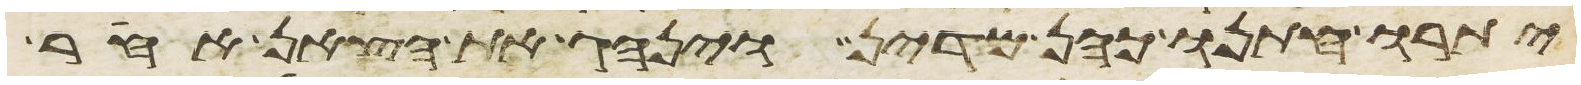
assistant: יתרו חתנו כהן מדין וינהג את הצאן אחר